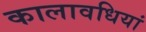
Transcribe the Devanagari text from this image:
कालावधियां